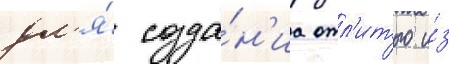
дл'я́ созда́н'иа отл'итого и́з